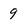
Character: 9